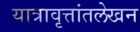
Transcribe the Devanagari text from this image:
यात्रावृत्तांतलेखन